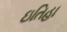
ઇતિહા